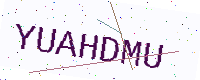
Text: YUAHDMU